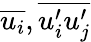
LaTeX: \overline{{u_{i}}},\overline{{u_{i}^{\prime}u_{j}^{\prime}}}